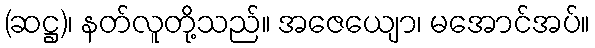
(ဆဋ္ဌ)၊ နတ်လူတို့သည်။ အဇေယျော၊ မအောင်အပ်။